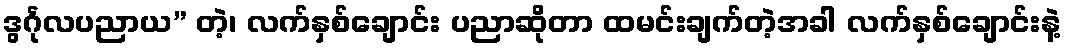
ဒွင်္ဂုလပညာယ” တဲ့၊ လက်နှစ်ချောင်း ပညာဆိုတာ ထမင်းချက်တဲ့အခါ လက်နှစ်ချောင်းနဲ့